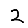
Digit: 2